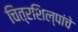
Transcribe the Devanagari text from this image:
चित्रशिल्पांचे